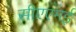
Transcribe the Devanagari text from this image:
सीएएमई